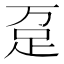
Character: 趸